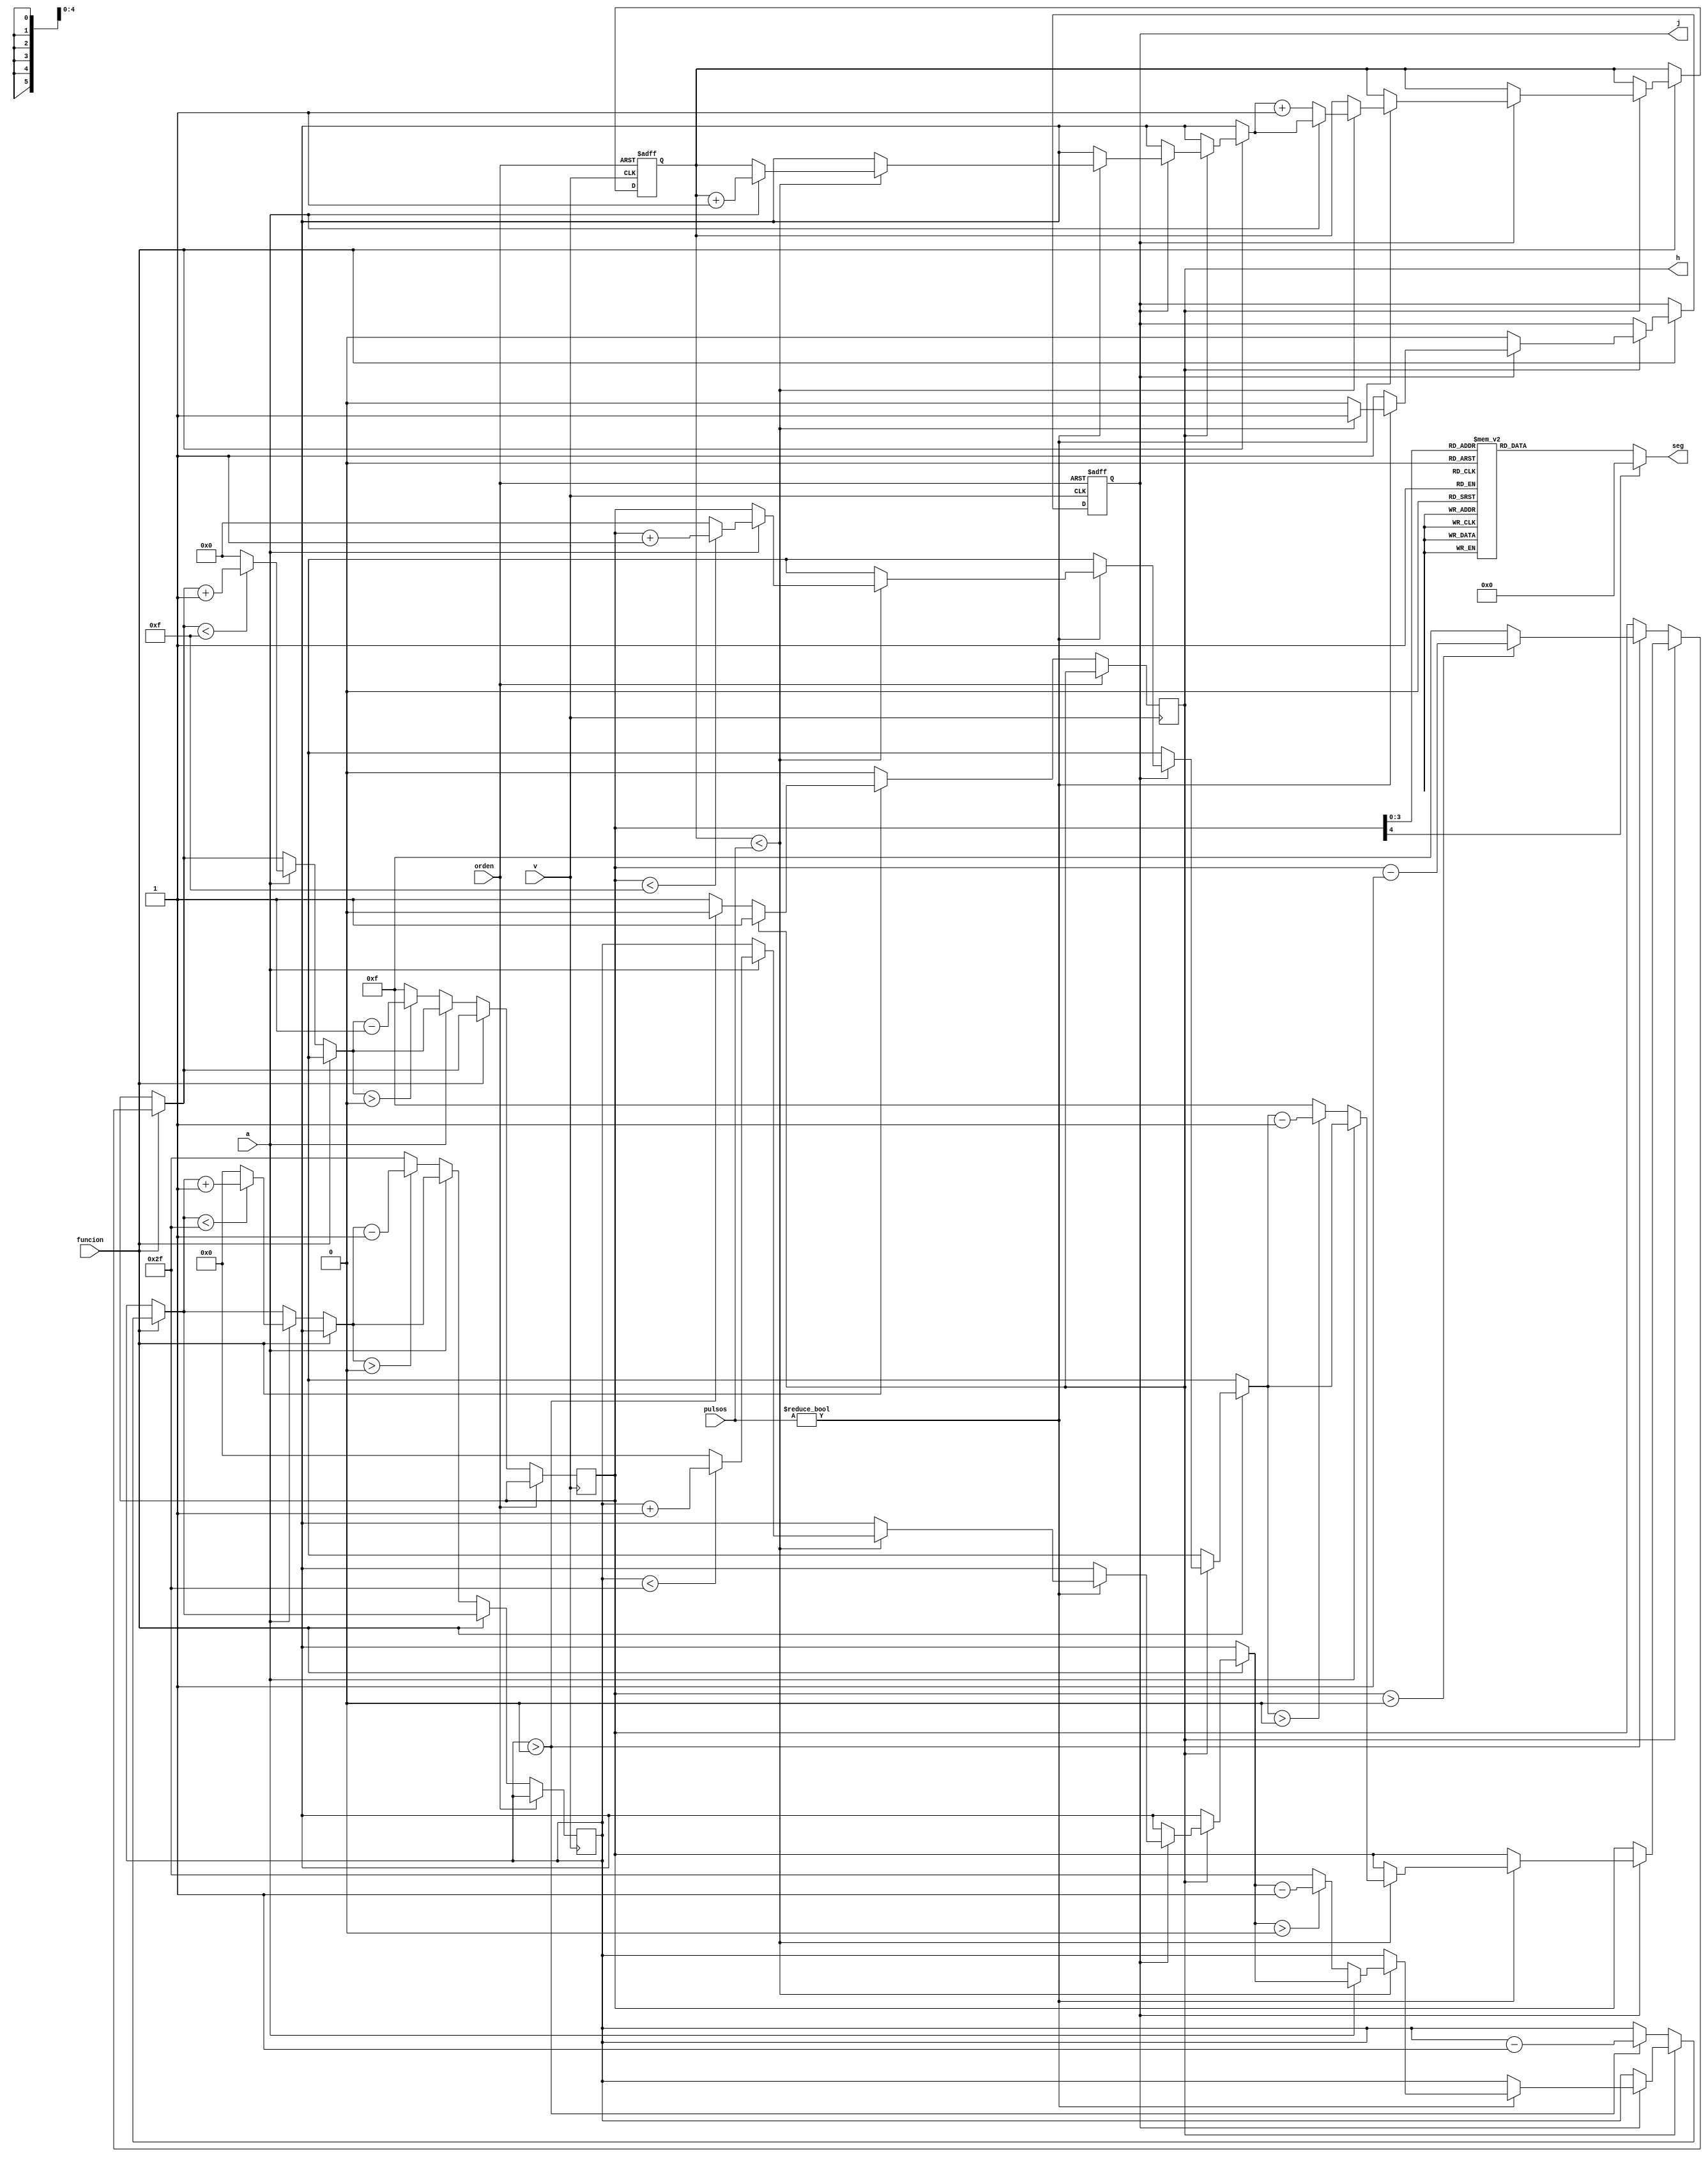
`timescale 1ns / 1ps

module contmotor2(v, funcion, a, orden, pulsos, seg, j, h);
    input v, a, funcion, orden;
	 input [5:0] pulsos;
    output reg [3:0] seg;
	 output reg j, h;
	 

 	 reg [4:0]cont;
	 wire [4:0]in;
	 reg [5:0] posicion, referencia;

	 
initial begin
   h<=0; 
	referencia<=0;
	posicion<=6'd48;
	cont<=5'd16;
	seg<=0;
	j=1'b0;
end
		

always @(posedge v, posedge orden)
if(orden)begin
	referencia=6'd0;
	j=1'b1;
end else begin
	if(funcion)
		if(h==1'b0)
			if(posicion>6'd0)begin
				posicion=posicion-1;
				if(cont>5'd0)
					cont=cont-1;
				else 
					cont=5'd15;
			end else
				h=1'b1;
		else
			if(j==1'b1)
				if(pulsos!=6'd0)
					if(referencia<pulsos)begin
						if(a)begin
							if(posicion<6'd47)
								posicion=posicion+1;
							else
								posicion=6'd0;
									
							if(cont<5'd15)
								cont=cont+1;
							else 
								cont=5'd0;
								
							referencia=referencia+1;
						end
							
						if(~a)begin
							if(posicion>6'd0)
								posicion=posicion-1;
							else
								posicion=6'd47;
									
							if(cont>4'd0)
								cont=cont-1;
							else
								cont=5'd15;
									
							referencia=referencia+1;
						end
					end else begin
						j=1'b0;
						cont=cont;
						posicion=posicion;
					end
					
	if(~funcion) begin
		h=1'b0;
		if (a)begin
			if(posicion<6'd47)
				posicion=posicion+1;
			else
				posicion=6'd0;
					
			if(cont<5'd15)
				cont=cont+1;
			else 
				cont=5'd0;
		end
			
		if (~a)begin
			if(posicion>6'd0)
				posicion=posicion-1;
			else
				posicion=6'd47;
				
			if(cont>5'd0)
				cont=cont-1;
			else
				cont=5'd15;
				
		end
	end
end

assign in=cont;

always @(in)
	case(in)	
		5'd0: seg<=4'b1000;
		5'd1: seg<=4'b0100;
		5'd2: seg<=4'b0010;
		5'd3: seg<=4'b0001;
		5'd4:	seg<=4'b1000;
		5'd5:	seg<=4'b0100;
		5'd6:	seg<=4'b0010;
		5'd7: seg<=4'b0001;
		5'd8: seg<=4'b1000;
		5'd9:	seg<=4'b0100;
		5'd10:seg<=4'b0010;
		5'd11:seg<=4'b0001;
		5'd12:seg<=4'b1000;
		5'd13:seg<=4'b0100;
		5'd14:seg<=4'b0010;
		5'd15:seg<=4'b0001;
		default: seg<=4'b0000;
	endcase				
endmodule